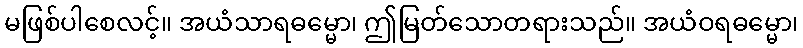
မဖြစ်ပါစေလင့်။ အယံသာရဓမ္မော၊ ဤမြတ်သောတရားသည်။ အယံဝရဓမ္မော၊